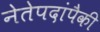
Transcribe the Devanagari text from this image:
नेतेपदांपैकी